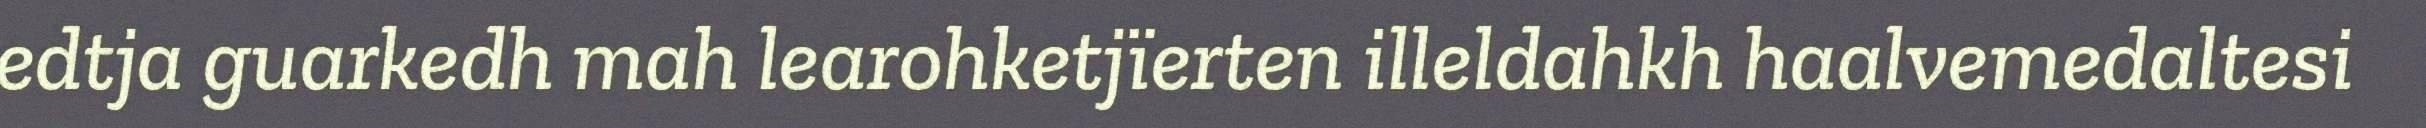
edtja guarkedh mah learohketjïerten illeldahkh haalvemedaltesi